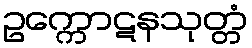
ဥက္ကောဋနသုတ္တံ